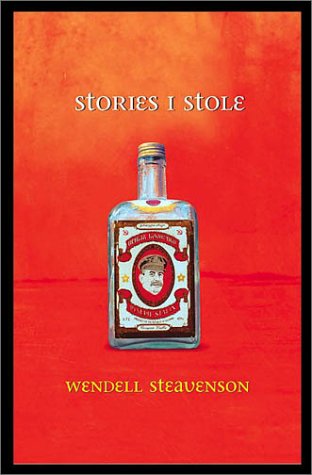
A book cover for Stories I Stole from Georgia; Wendell Steavenson; Travel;